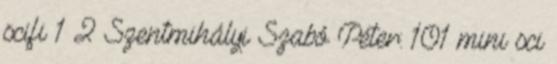
scifi 1 2 Szentmihályi Szabó Péter: 101 mini sci